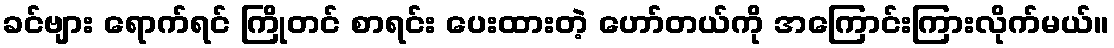
ခင်ဗျား ရောက်ရင် ကြိုတင် စာရင်း ပေးထားတဲ့ ဟော်တယ်ကို အကြောင်းကြားလိုက်မယ်။